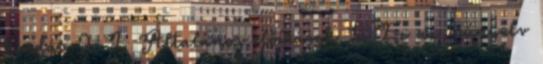
kiadás 2 I. Általános előírások 1. Ez az irányelv